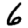
Digit: 6